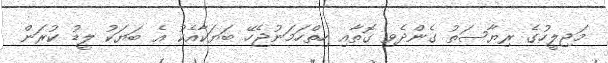
މަޖިލީހުގެ ރިޔާސަތު ގެންދެވި ގޮތާއި ހިތްހަމަނުޖެހޭ ބަޔަކާއެކު އެ ބަޔަކު ލީޑު ކުރަން